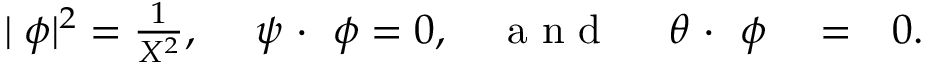
\begin{array} { r l r } { | { \bf \nabla } \phi | ^ { 2 } = \frac 1 { X ^ { 2 } } , ~ ~ ~ { \bf \nabla } \psi ~ { \bf \cdot } ~ { \bf \nabla } \phi = 0 , ~ ~ ~ \mathrm { ~ a ~ n ~ d ~ } ~ ~ ~ { \bf \nabla } \theta ~ { \bf \cdot } ~ { \bf \nabla } \phi } & { { } = } & { 0 . } \end{array}